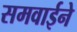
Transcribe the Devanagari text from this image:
समवाईने